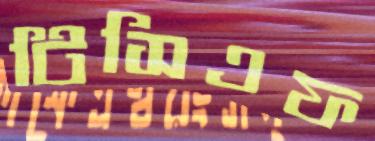
টিসিএফ